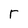
Character: T